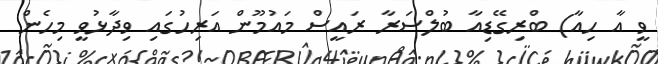
ވީ އާ ހިއާ) ބްރިގޭޑިއާ ބުލްސަރާ ރައީސް މައުމޫން އަރިހުގައި ވިދާޅުވީ މިހެން